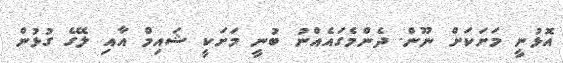
އޮޅުނީ މަށަކަށް ނޫން. ދެންމެގައެއްނު ބުނީ މަށަކީ ޝައިމް އާއި ލޭގެ ގުޅުން